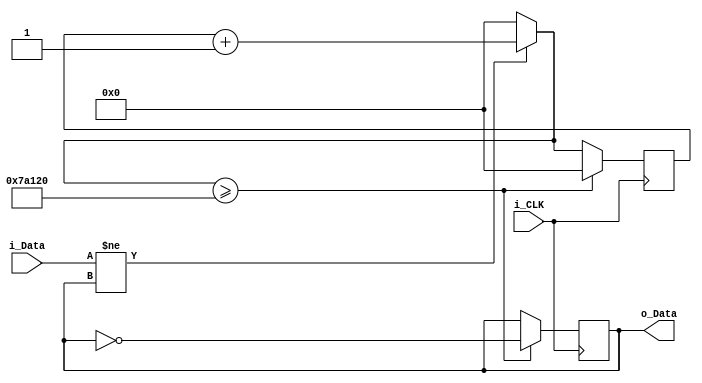
`timescale 1ns / 1ps
//////////////////////////////////////////////////////////////////////////////////
// Company: 
// Engineer: 
// 
// Design Name: 
// Module Name:    DeBouncer 
// Project Name: 
// Target Devices: 
// Tool versions: 
// Description: 
//
// Dependencies: 
//
// Revision: 
// Revision 0.01 - File Created
// Additional Comments: 
//
//////////////////////////////////////////////////////////////////////////////////
module DeBouncer(
    input i_Data,
    input i_CLK,
    output reg o_Data
    );
	 
	 reg [19:0] _count;
	 
		initial
		begin
	      _count = 20'd0;
			o_Data = 1;
		end
		
		always @(posedge i_CLK)
		begin
		
			if (i_Data != o_Data)
				_count = _count + 20'd1;
			else
				_count = 20'd0;
					
			if (_count >= 20'd500000)
			begin
				_count = 20'd0;
				o_Data = ~o_Data;
			end
			
		end

endmodule